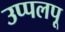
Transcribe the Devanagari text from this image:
उप्पलपू